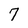
Character: 7